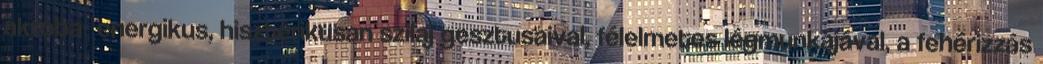
akroba- energikus, hisztérikusan szilaj gesztusaival, félelmetes légmunkájával, a fehérizzás